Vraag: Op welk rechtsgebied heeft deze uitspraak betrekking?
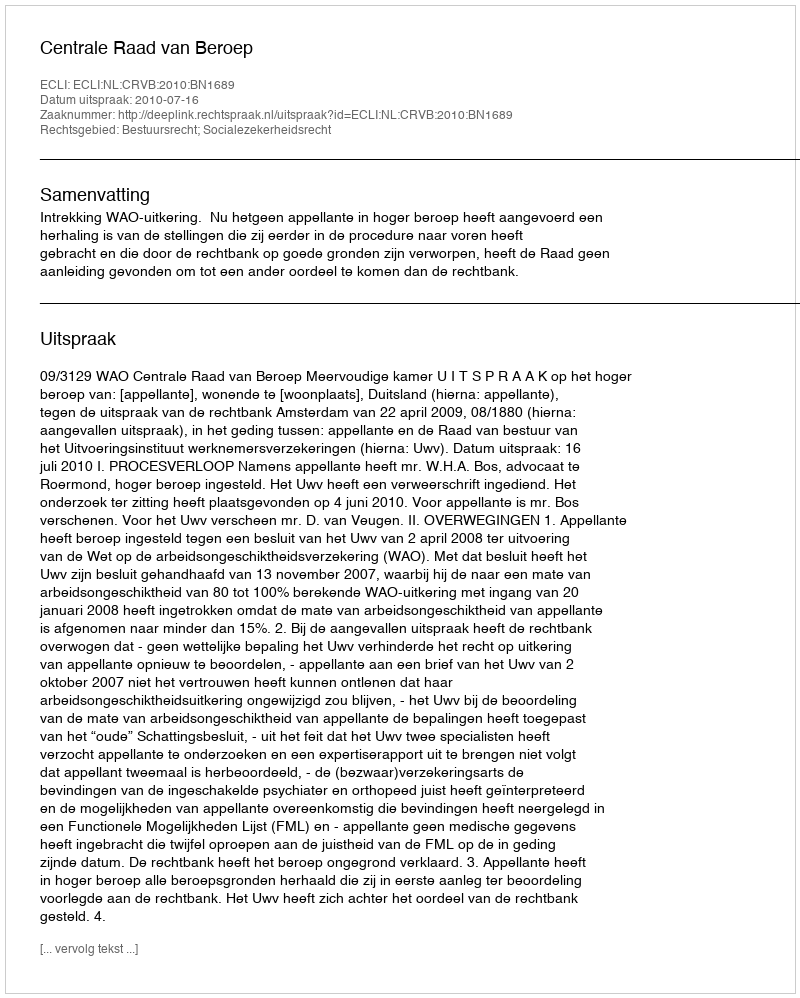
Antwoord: Bestuursrecht; Socialezekerheidsrecht